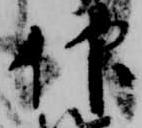
仰